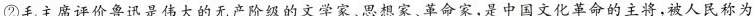
②毛主席评价鲁迅是伟大的无产阶级的文学家、思想家、革命家,是中国文化革命的主将,被人民称为